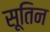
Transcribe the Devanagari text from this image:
सूतिन